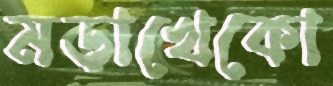
মড়াখেকো